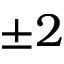
\pm 2